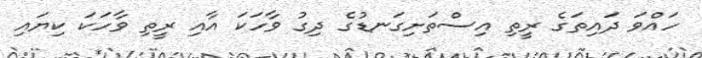
ހައްވަ ދައިތަގެ ރީތި އިސްތަށިގަނޑުގެ ދިގު ވާހަކަ އާއި ރީތި ވާހަކަ ކިޔައި